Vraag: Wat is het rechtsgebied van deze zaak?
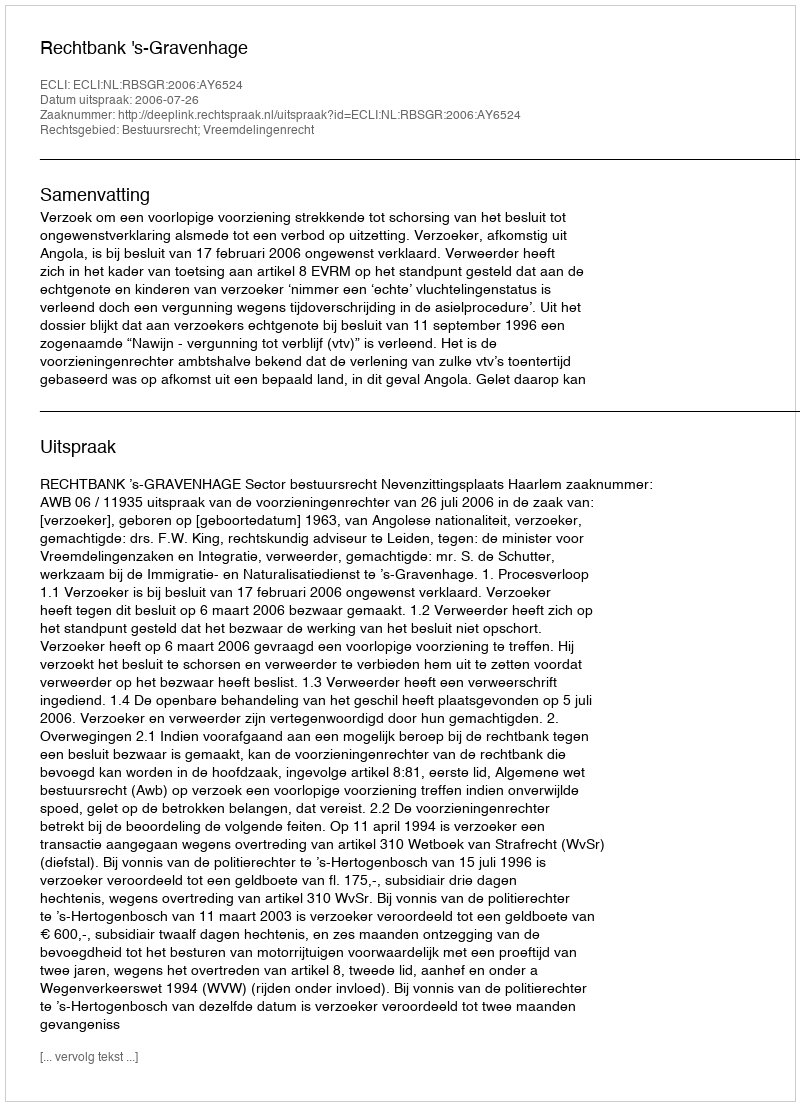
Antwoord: Bestuursrecht; Vreemdelingenrecht